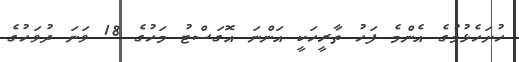
ހުށަހެޅުމުގެ އެންމެ ފަހު ތާރީހަކީ އަންނަ އޮގަސްޓު މަހުގެ 18 ވަނަ ދުވަހުގެ